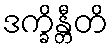
ဒက္ခိန္တီတိ